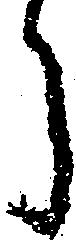
う